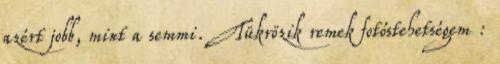
azért jobb, mint a semmi. Tükrözik remek fotóstehetségem :